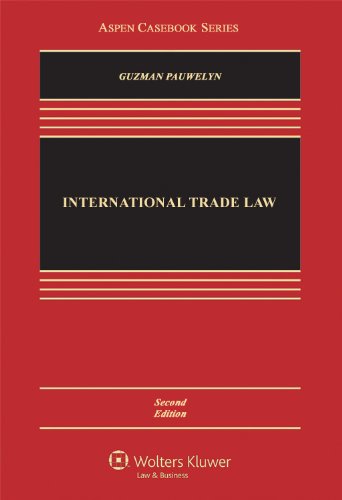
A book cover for International Trade Law, Second Edition (Aspen Casebooks); Andrew Guzman; Law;